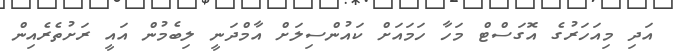
އަދި މިއަހަރުގެ އޮގަސްޓް މަހާ ހަމައަށް ކައުންސިލަށް އާމްދަނީ ލިބެމުން އައީ ރަށުތެރެއިން